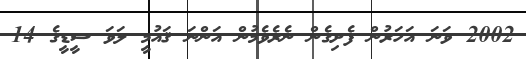
2002 ވަނަ އަހަރުން ފެށިގެން ނެރެވެމުން އަންނަ ޤައުމީ ލަވަ ސީޑީގެ 14